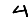
Digit: 4